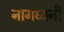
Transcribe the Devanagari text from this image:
नागध्वनी